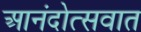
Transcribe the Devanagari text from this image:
आनंदोत्सवात